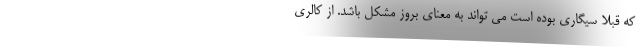
که قبلا سیگاری بوده است می تواند به معنای بروز مشکل باشد. از کالری